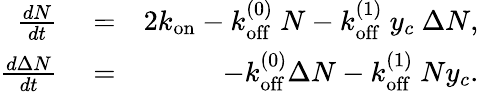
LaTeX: \begin{array}{rlr}{\frac{dN}{dt}}&{{}=}&{2k_{\mathrm{on}}-k_{\mathrm{off}}^{(0)}\ N-k_{\mathrm{off}}^{(1)}\ y_{c}\ \Delta N,}\\ {\frac{d\Delta N}{dt}}&{{}=}&{-k_{\mathrm{off}}^{(0)}\Delta N-k_{\mathrm{off}}^{(1)}\ Ny_{c}.}\end{array}